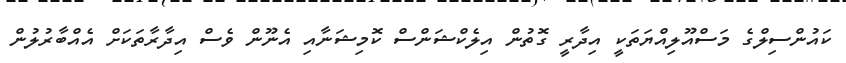
ކައުންސިލްގެ މަސްއޫލިއްޔަތަކީ އިދާރީ ގޮތުން އިލެކްޝަންސް ކޮމިޝަނާއި އެނޫން ވެސް އިދާރާތަކަށް އެއްބާރުލުން